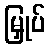
မြှုပ်